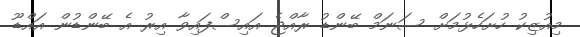
މިއުޒިކު ހުށަހެޅުމަށް ސަނަމް ބޭންޑު ރާއްޖެ އައިސްފައިވާ އިރު އެ ބޭންޑުން އައްޑޫ